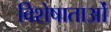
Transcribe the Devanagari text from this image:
विशेषाताओं